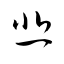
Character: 悲